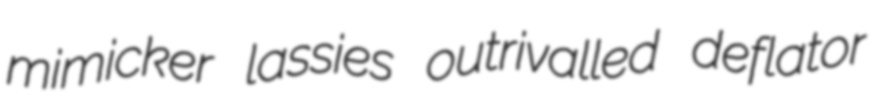
mimicker lassies outrivalled deflator